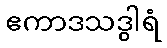
ဧကာဒသဒွါရံ